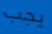
يجب